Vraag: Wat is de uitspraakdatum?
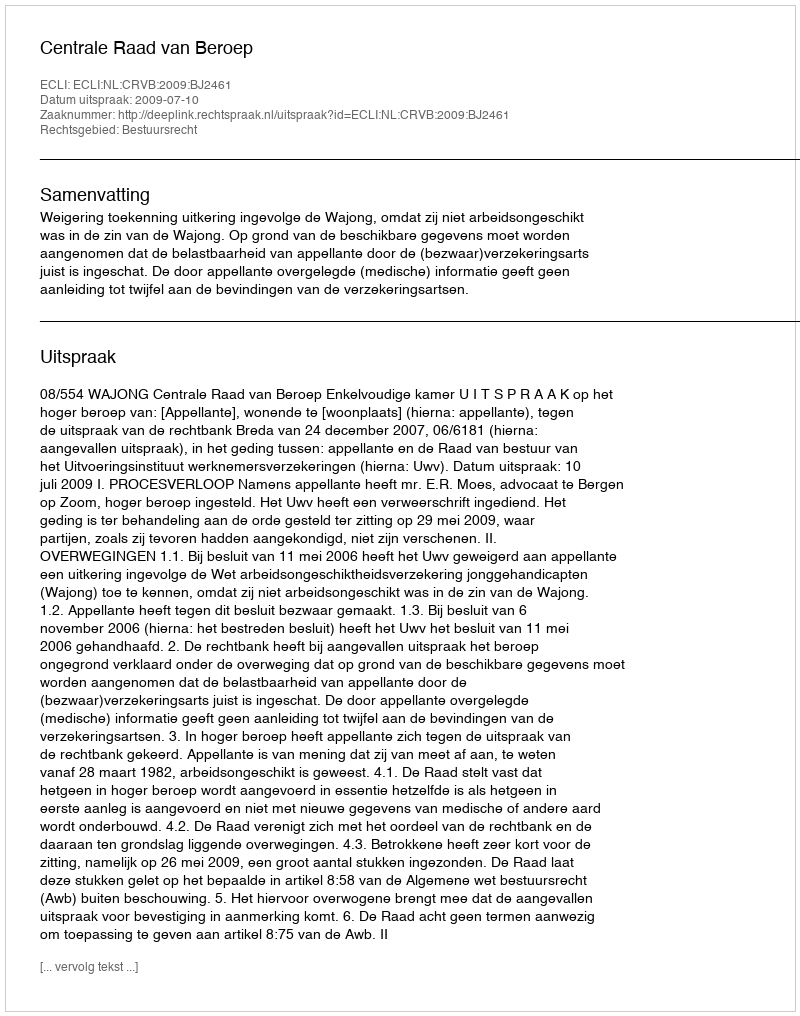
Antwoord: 2009-07-10